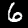
Digit: 6